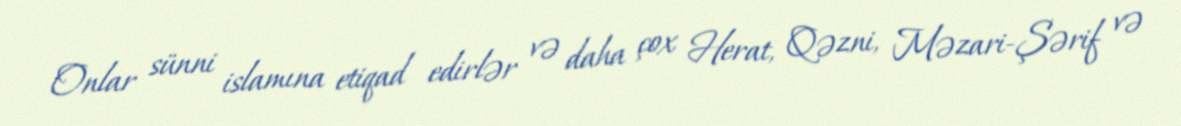
Onlar sünni islamına etiqad edirlər və daha çox Herat, Qəzni, Məzari-Şərif və